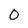
Character: 0